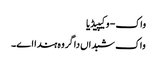
واک - وکیپیڈیا
واک شبداں دا گروہ ہندا اے۔